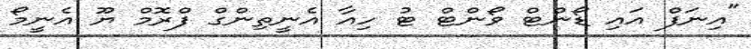
"އިނަފް އައި ޑޯންޓް ވޯންޓް ޓު ހިއާ އެނީތިންގް ފްރޮމް ޔޫ އެނީމޯ